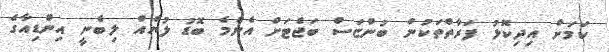
ކަމަށް އިދިކޮޅު ފަރާތްތަކުން ބުންޏަސް ބަޖެޓަށް އެންމެ ބޮޑު ލުޔެއް ލިބެނީ އިންޑިއާގެ